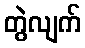
တွဲလျက်